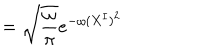
= \sqrt { \frac { \omega } { \pi } } e ^ { - \omega ( X ^ { I } ) ^ { 2 } }